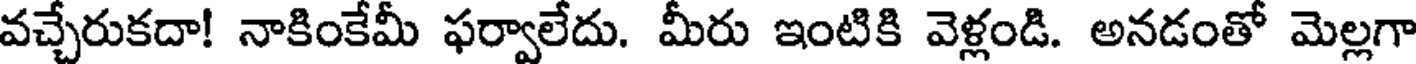
వచ్చేరుకదా! నాకింకేమీ ఫర్వాలేదు. మీరు ఇంటికి వెళ్లండి. అనడంతో మెల్లగా